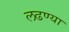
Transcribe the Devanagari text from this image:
लढण्या